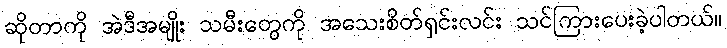
ဆိုတာကို အဲဒီအမျိုး သမီးတွေကို အသေးစိတ်ရှင်းလင်း သင်ကြားပေးခဲ့ပါတယ်။